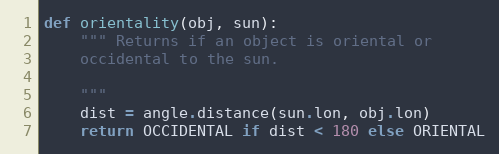
Language: Python
def orientality(obj, sun):
    """ Returns if an object is oriental or
    occidental to the sun.

    """
    dist = angle.distance(sun.lon, obj.lon)
    return OCCIDENTAL if dist < 180 else ORIENTAL